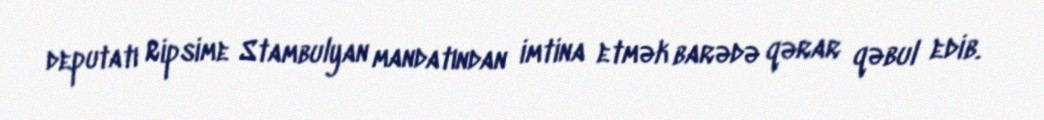
deputatı Ripsime Stambulyan mandatından imtina etmək barədə qərar qəbul edib.